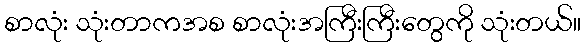
စာလုံး သုံးတာကအစ စာလုံးအကြီးကြီးတွေကို သုံးတယ်။